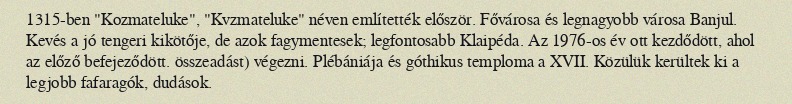
1315-ben "Kozmateluke", "Kvzmateluke" néven említették először. Fővárosa és legnagyobb városa Banjul. Kevés a jó tengeri kikötője, de azok fagymentesek; legfontosabb Klaipéda. Az 1976-os év ott kezdődött, ahol az előző befejeződött. összeadást) végezni. Plébániája és góthikus temploma a XVII. Közülük kerültek ki a legjobb fafaragók, dudások.